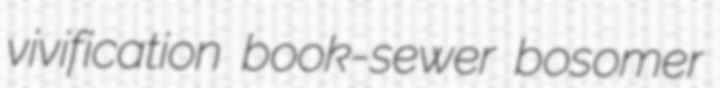
vivification book-sewer bosomer